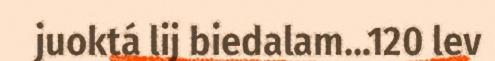
juoktá lij biedalam...120 lev